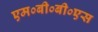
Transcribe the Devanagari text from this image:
एम०बी०बी०एस